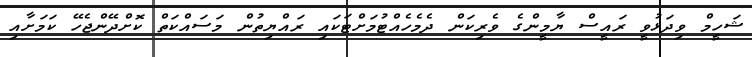
ޝަހީމް ވިދަޅުވީ ރައީސް ޔާމީންގެ ވެރިކަން ދެމެހެއްޓުމަށްޓަކައި ރައްޔިތުން މަސައްކަތް ކޮށްދޭންޖެހޭ ކަމަށާއި